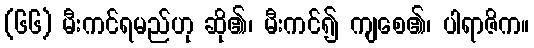
(၆၆) မီးကင်ရမည်ဟု ဆို၏၊ မီးကင်၍ ကျစေ၏၊ ပါရာဇိက။